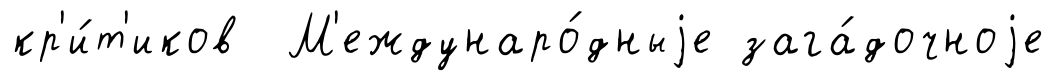
кр'и́т'иков М'еждунаро́дныjе зага́дочноjе